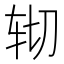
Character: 𰹹